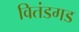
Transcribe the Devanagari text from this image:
वितंडगड